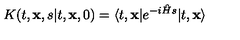
K ( t , { \bf x } , s \vert t , { \bf x } , 0 ) = \langle t , { \bf x } \vert e ^ { - i { \hat { H } } s } \vert t , { \bf x } \rangle